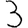
Digit: 3